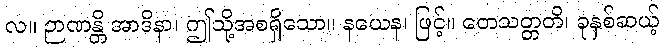
လ။ ဉာဏန္တိ အာဒိနာ၊ ဤသို့အစရှိသော။ နယေန၊ ဖြင့်။ တေသတ္တတိ၊ ခုနှစ်ဆယ့်